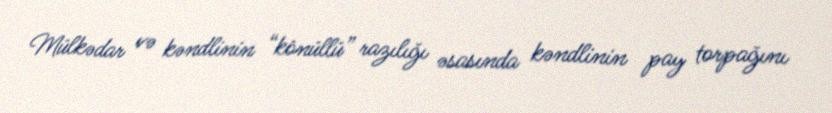
Mülkədar və kəndlinin “könüllü” razılığı əsasında kəndlinin pay torpağını